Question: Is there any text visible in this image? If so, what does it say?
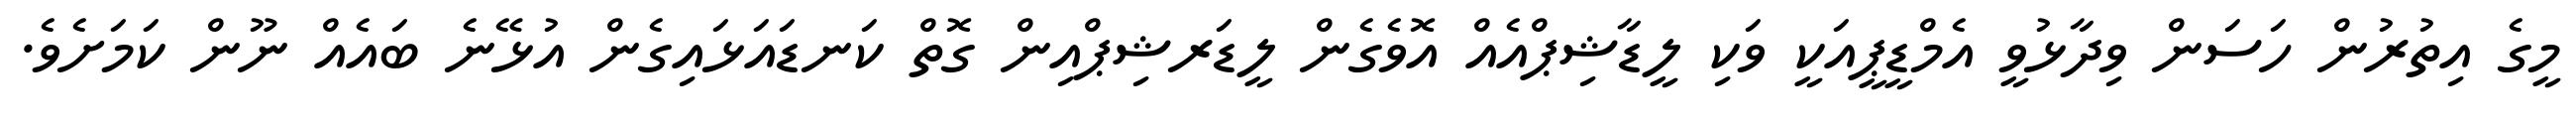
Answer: މީގެ އިތުރުން ހަސަން ވިދާޅުވީ އެމްޑީޕީއަކީ ވަކި ލީޑާޝިޕްއެއް އޮވެގެން ލީޑަރޝިޕްއިން ގޮތް ކަނޑައަޅައިގެން އުޅޭނެ ބައެއް ނޫން ކަމަށެވެ.